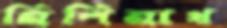
নিশিনাথ